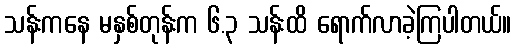
သန်းကနေ မနှစ်တုန်းက ၆.၃ သန်းထိ ရောက်လာခဲ့ကြပါတယ်။